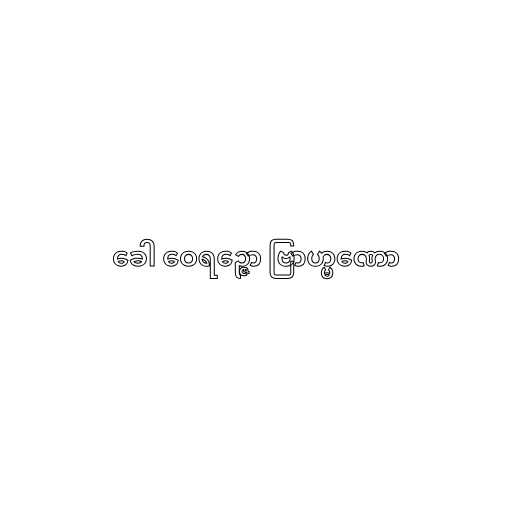
ခေါ ဝေရဉ္ဇော ဗြာဟ္မဏော